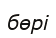
бөрі